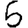
Digit: 5